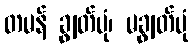
တမန် ချွတ်ပုံ၊ မချွတ်ပုံ